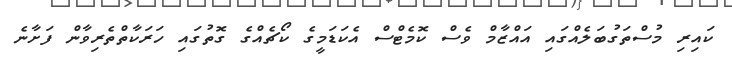
ކައިރި މުސްތަގުބަލެއްގައި އައްޒާމް ވެސް ކޮމެޓްސް އެކަޑަމީގެ ކޯޗެއްގެ ގޮތުގައި ހަރަކާތްތެރިވާން ފަށާނެ